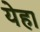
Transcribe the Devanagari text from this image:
येहा